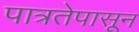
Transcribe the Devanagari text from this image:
पात्रतेपासून